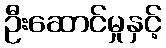
ဦးဆောင်မှုနှင့်